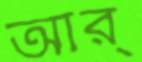
আর্